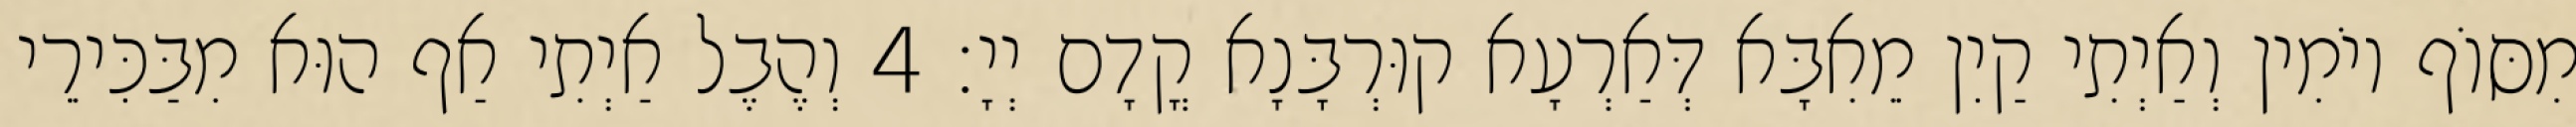
מִסּוֹף יוֹמִין וְאַיְתִי קַיִן מֵאִבָּא דְּאַרְעָא קוּרְבָּנָא קֳדָם יְיָ׃ 4 וְהֶבֶל אַיְתִי אַף הוּא מִבַּכִּירֵי